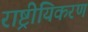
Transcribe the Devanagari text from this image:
राष्ट्रीयिकरण